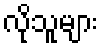
လိုသူများ